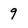
Character: 9